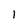
Character: 1